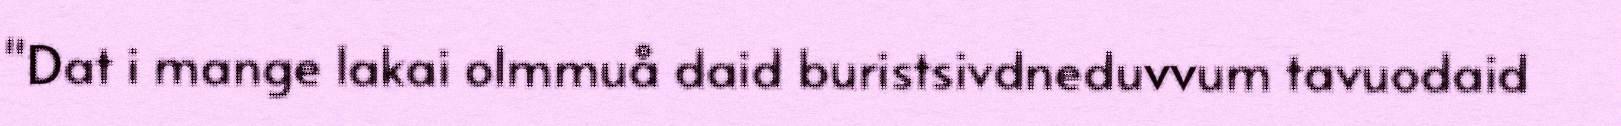
"Dat i mange lakai olmmuå daid buristsivdneduvvum tavuodaid